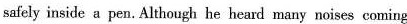
snfely inside a pen. Altncugh he heard many noisrs cuning